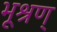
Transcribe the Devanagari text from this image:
भूश्रण्